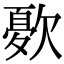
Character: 𭭓